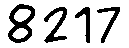
8217